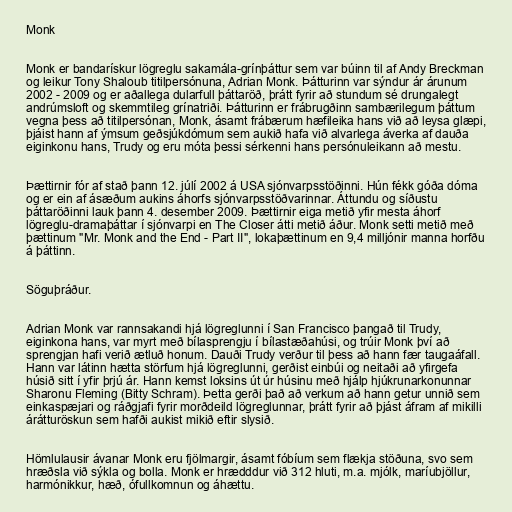
Monk

Monk er bandarískur lögreglu sakamála-grínþáttur sem var búinn til af Andy Breckman
og leikur Tony Shaloub titilpersónuna, Adrian Monk. Þátturinn var sýndur ár árunum
2002 - 2009 og er aðallega dularfull þáttaröð, þrátt fyrir að stundum sé drungalegt
andrúmsloft og skemmtileg grínatriði. Þátturinn er frábrugðinn sambærilegum þáttum
vegna þess að titilpersónan, Monk, ásamt frábærum hæfileika hans við að leysa glæpi,
þjáist hann af ýmsum geðsjúkdómum sem aukið hafa við alvarlega áverka af dauða
eiginkonu hans, Trudy og eru móta þessi sérkenni hans persónuleikann að mestu.

Þættirnir fór af stað þann 12. júlí 2002 á USA sjónvarpsstöðinni. Hún fékk góða dóma
og er ein af ásæðum aukins áhorfs sjónvarpsstöðvarinnar. Áttundu og síðustu
þáttaröðinni lauk þann 4. desember 2009. Þættirnir eiga metið yfir mesta áhorf
lögreglu-dramaþáttar í sjónvarpi en The Closer átti metið áður. Monk setti metið með
þættinum "Mr. Monk and the End - Part II", lokaþættinum en 9,4 milljónir manna horfðu
á þáttinn.

Söguþráður.

Adrian Monk var rannsakandi hjá lögreglunni í San Francisco þangað til Trudy,
eiginkona hans, var myrt með bílasprengju í bílastæðahúsi, og trúir Monk því að
sprengjan hafi verið ætluð honum. Dauði Trudy verður til þess að hann fær taugaáfall.
Hann var látinn hætta störfum hjá lögreglunni, gerðist einbúi og neitaði að yfirgefa
húsið sitt í yfir þrjú ár. Hann kemst loksins út úr húsinu með hjálp hjúkrunarkonunnar
Sharonu Fleming (Bitty Schram). Þetta gerði það að verkum að hann getur unnið sem
einkaspæjari og ráðgjafi fyrir morðdeild lögreglunnar, þrátt fyrir að þjást áfram af mikilli
árátturöskun sem hafði aukist mikið eftir slysið.

Hömlulausir ávanar Monk eru fjölmargir, ásamt fóbíum sem flækja stöðuna, svo sem
hræðsla við sýkla og bolla. Monk er hrædddur við 312 hluti, m.a. mjólk, maríubjöllur,
harmónikkur, hæð, ófullkomnun og áhættu.